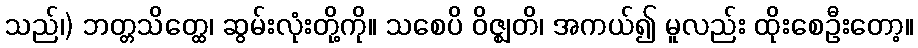
သည်၊) ဘတ္တသိတ္ထေ၊ ဆွမ်းလုံးတို့ကို။ သစေပိ ဝိဇ္ဈတိ၊ အကယ်၍ မူလည်း ထိုးစေဦးတော့။